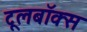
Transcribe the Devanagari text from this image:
टूलबॉक्स